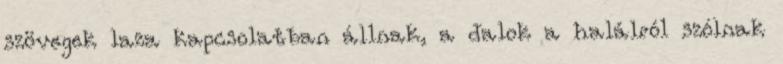
szövegek laza kapcsolatban állnak, a dalok a halálról szólnak